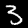
Label: 3